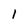
Character: 1